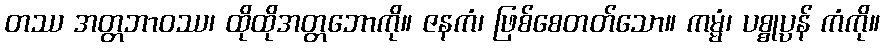
တဿ အတ္တဘာဝဿ၊ ထိုထိုအတ္တဘောကို။ ဇနကံ၊ ဖြစ်စေတတ်သော။ ကမ္မံ၊ ပစ္စုပ္ပန် ကံကို။